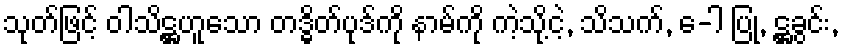
သုတ်ဖြင့် ဝါသိဋ္ဌဟူသော တဒ္ဓိတ်ပုဒ်ကို နာမ်ကို ကဲ့သို့ငဲ့, သိသက်, ေ-ါ ပြု, ဋ္ဌခွင်း,